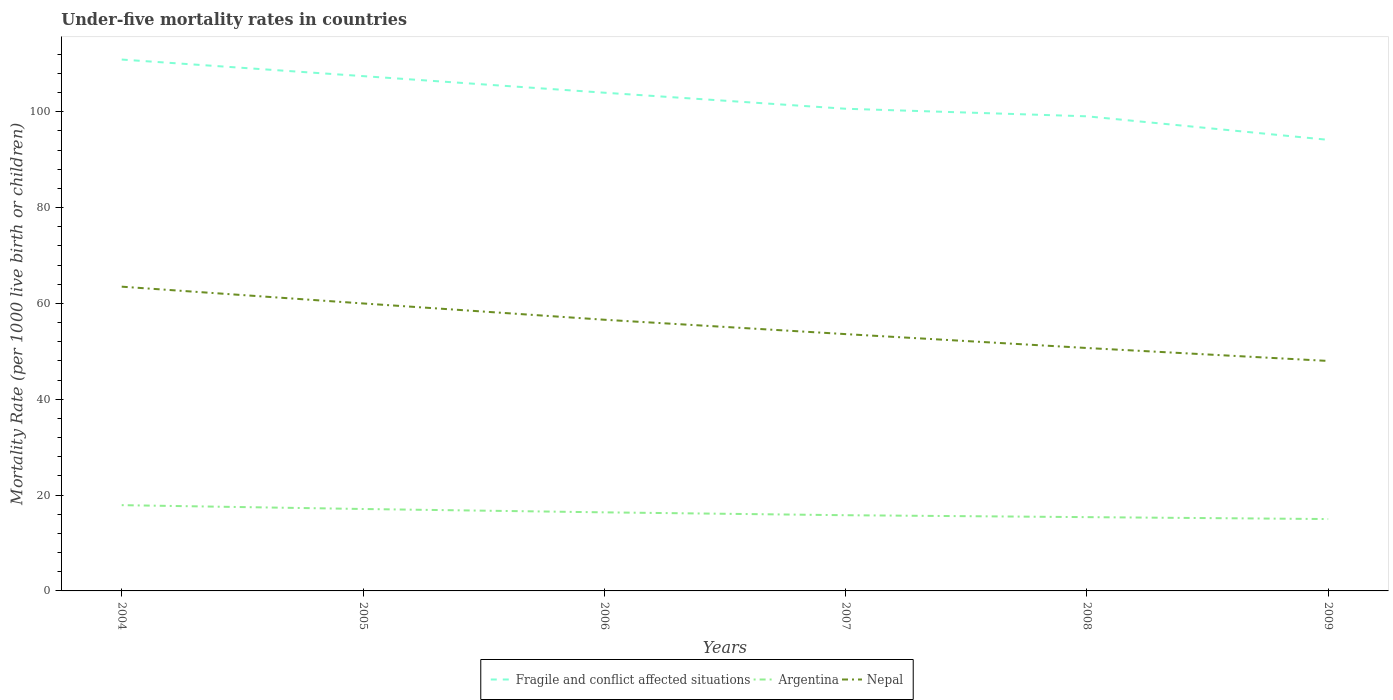
| Years | Fragile and conflict affected situations | Argentina | Nepal |
 | --- | --- | --- | --- |
 | 2004 | 111 | 17.9 | 63.5 |
 | 2005 | 107 | 17.1 | 60 |
 | 2006 | 104 | 16.4 | 56.6 |
 | 2007 | 101 | 15.8 | 53.6 |
 | 2008 | 99.1 | 15.4 | 50.7 |
 | 2009 | 94.1 | 15 | 48 |